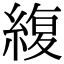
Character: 緮